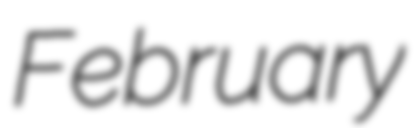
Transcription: February